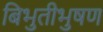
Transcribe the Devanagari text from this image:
बिभुतीभुषण